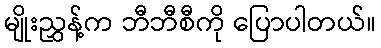
မျိုးညွှန့်က ဘီဘီစီကို ပြောပါတယ်။